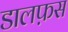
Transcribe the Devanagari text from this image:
डालफ़स